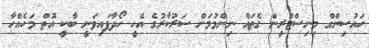
ހައުސިންގް މިނިސްޓްރީން ގެތައް ނިންމުމަށް ސަރުކާރުގެ އެހީ ހޯދާފައިވަނީ ބާކީ އޮތް މަހެއްހާ